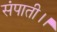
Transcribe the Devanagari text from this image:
संपाती।।